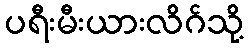
ပရီးမီးယားလိဂ်သို့